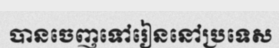
បានចេញទៅរៀននៅប្រទេស